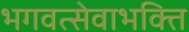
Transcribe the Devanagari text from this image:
भगवत्सेवाभक्ति